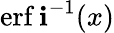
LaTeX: \operatorname{erf\mathbf{i}}^{-1}(x)